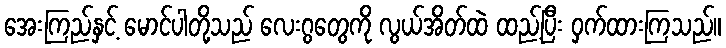
အေးကြည်နှင့် မောင်ပါတို့သည် လေးဂွတွေကို လွယ်အိတ်ထဲ ထည့်ပြီး ဝှက်ထားကြသည်။